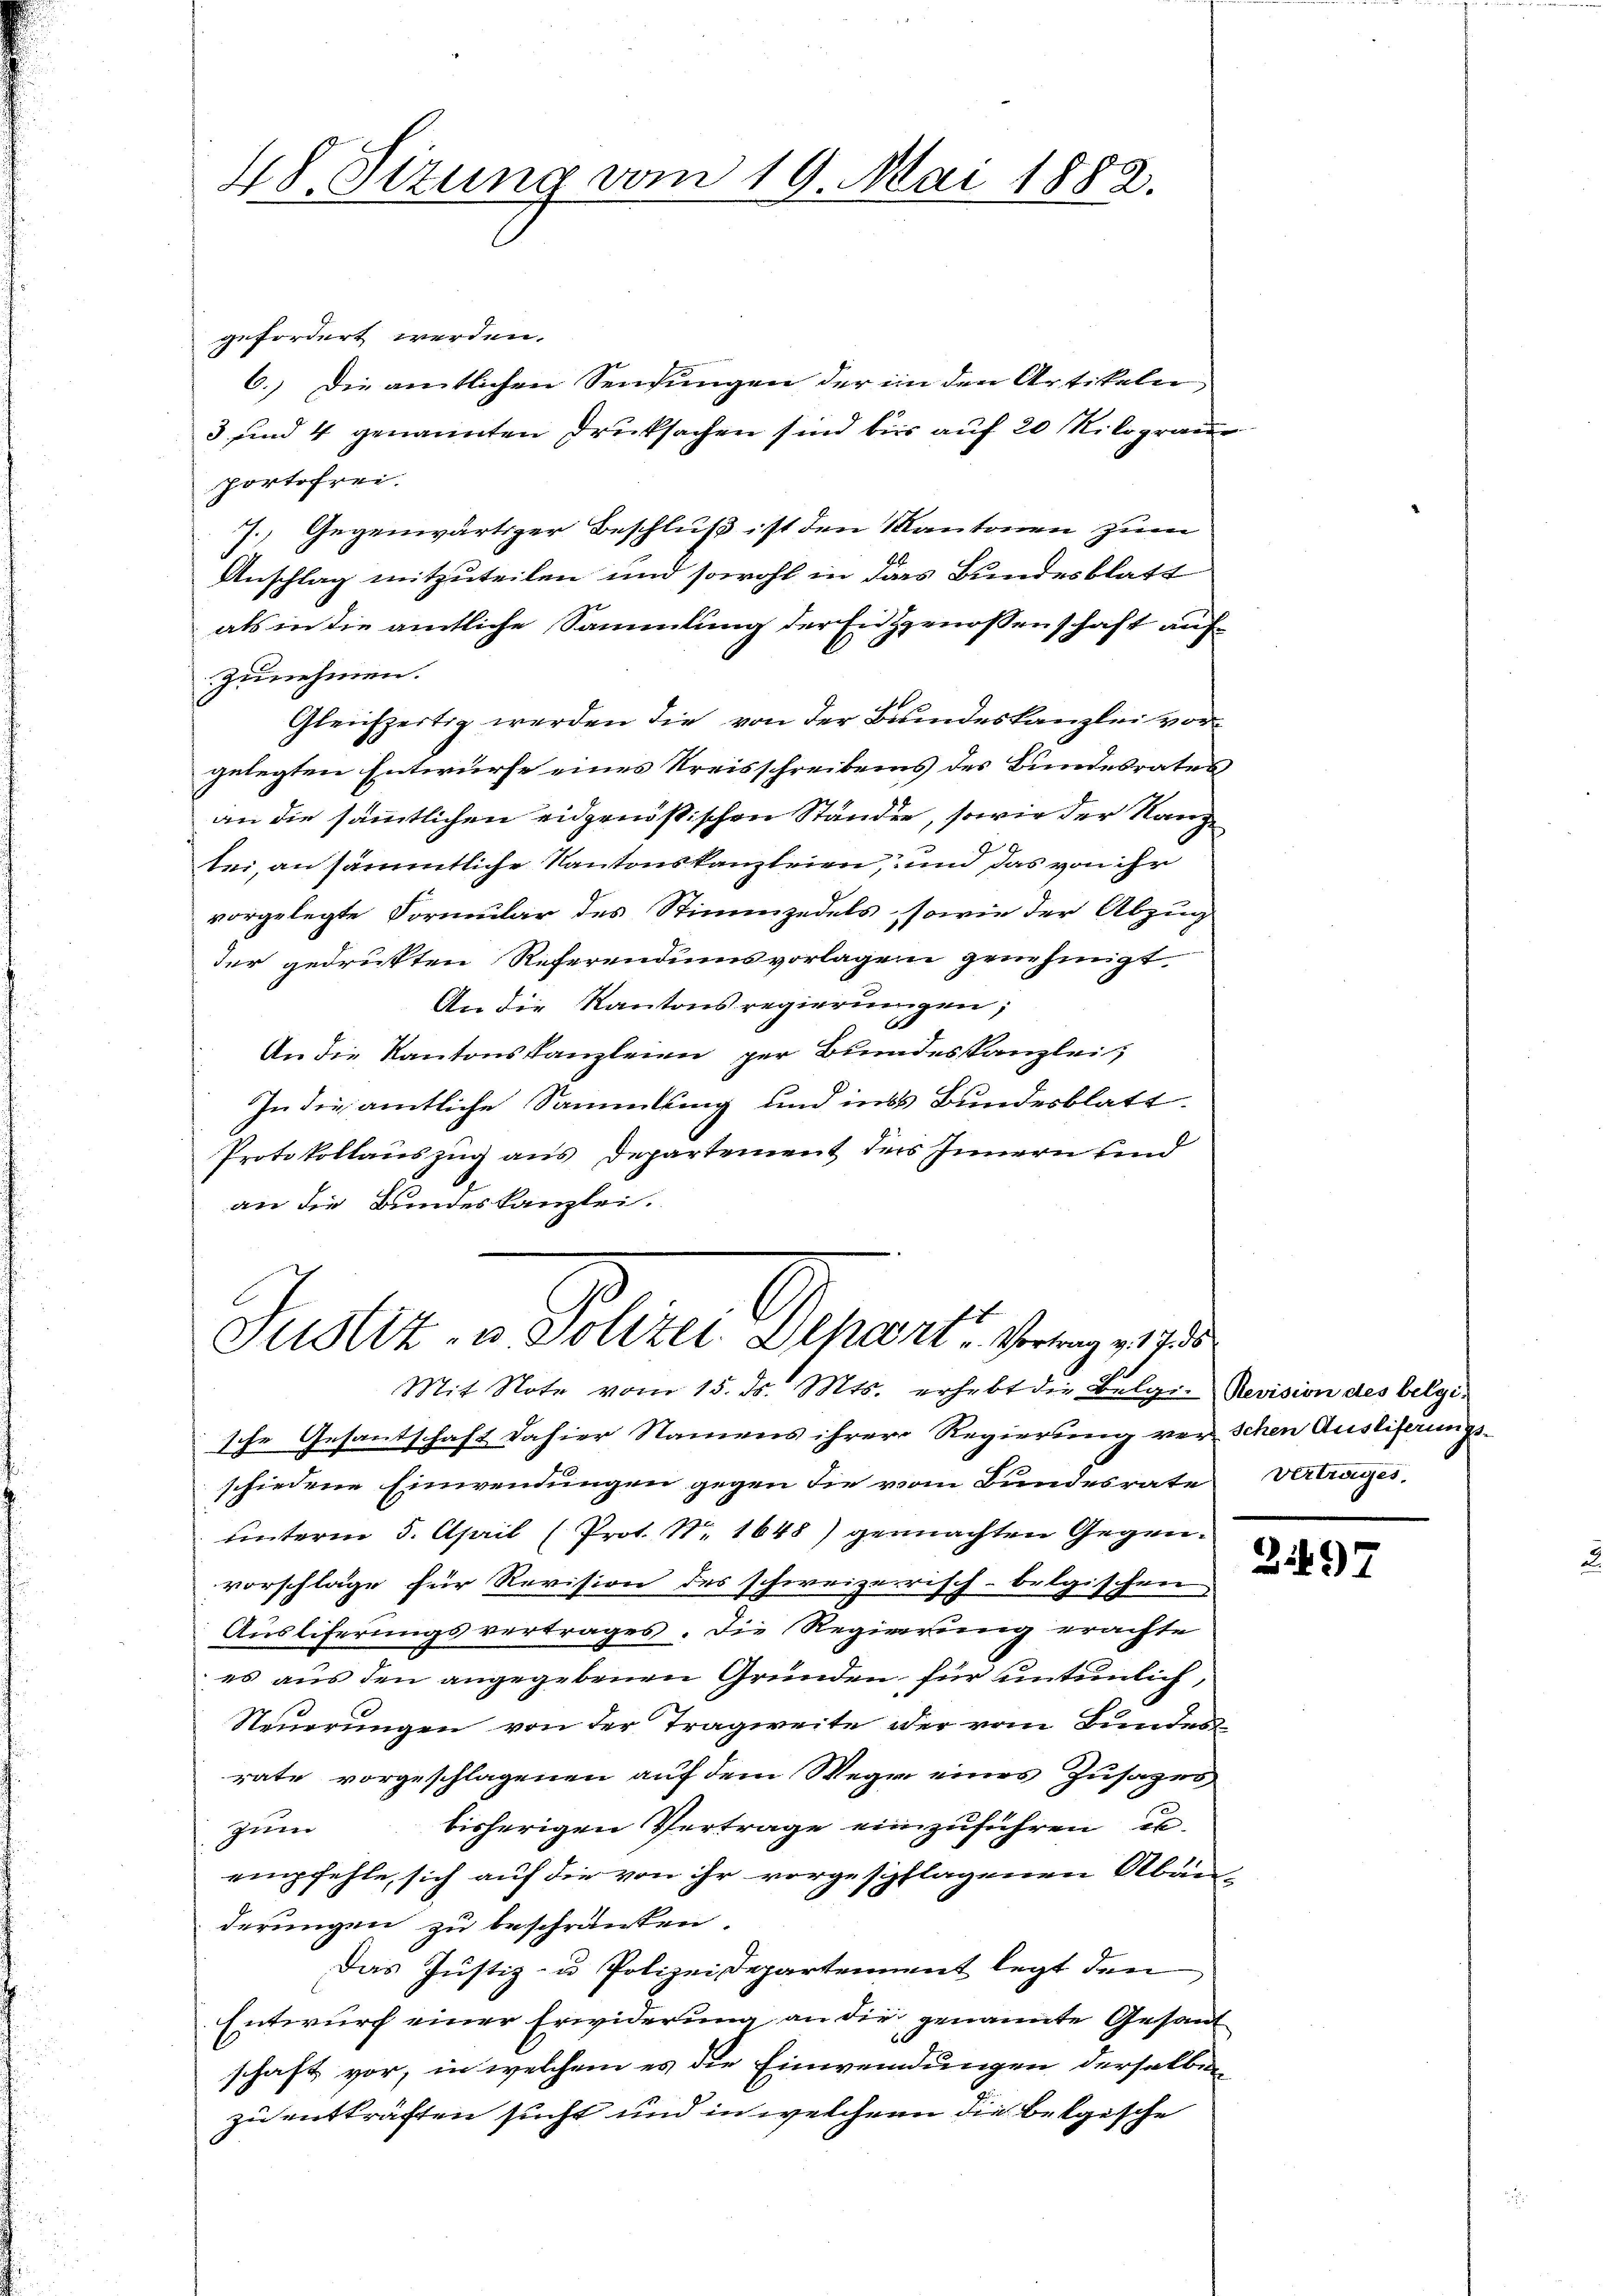
48. Sizung vom 19. Mai 1882.

gefordert werden.
6.) Die amtlichen Sendungen der im den Artikeln,
3 und 4 genannten Drucksachen sind bis auf 20 Kilogram
portofrei.
7. Gegenwärtiger Beschluß ist den Kantonen zum
Anschlag mitzuteilen und sowohl in das Bundesblatt
als in die amtliche Sammlung der Enzgenossenschaft auf
zunehmen.
Gleichzeitig werden die von der Bundeskanzlei vorgelegten Entwurfe eines Kreisschreibens des Bundesrates
an die sämmtlichen eidgenößischen Ständen, sowie der Rang
tei, an sämmtliche Kantonskanzleien, und das von ihr
vorgelegte Formular des Stimmzedels, sowie der Abzug
der gedruckten Referendumsvorlagen genehmigt
An die Kantonsregierungen;
An die Kantonskanzleien per Bundeskanzlei,
In die amtliche Sammlung und ins Bundesblatt.
Protokollauszug aus Departement ders Innern und
an die Bundeskanzlei.

Justiz- u. Polizei Departe Vortrag v. 1735
Mit Note vom 15. ds. Mts. erhebt die Belger Revision des belgi¬

sche Gesantschaft dahier Namens ihrere Regierung verschen Ausliferungs-
schiedene Einwendungen gegen die vom Bundesrate Vertrages,
unterm 5. April (Prot. Nr. 1648) gemachten Gegenvorschläge für Revision des schweizerisch-belgischen
Ausliferungsvertrages. Die Regierung erachte
es aus den angegebenen Gründen für untenlich,
Steuerungen von der Tragweite der vom Bundes
rate vorgeschlagenen auf dem Wege eines Zusages
bisherigen Vertrage einzuführen u.
Zetter
empfehle, sich auf die von ihr vorgespflagenen Abänderungen zu beschränken.
Das Justiz- u Polizei Departement legt den
Entwurf einer Erwiderung an die genannte Gesand
schaft vor, in welchem es die Einwendungen derselben
zu entkräften sucht und in welchem die belgische

297